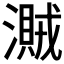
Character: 𣿐